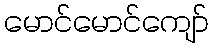
မောင်မောင်ကျော်